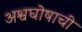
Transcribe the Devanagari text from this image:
अश्वघोषाची